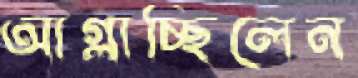
আগ্‌লাচ্ছিলেন